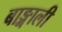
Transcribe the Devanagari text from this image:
बाङ्गाली